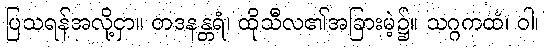
ပြသရန်အလို့ငှာ။ တဒနန္တရံ၊ ထိုသီလ၏အခြားမဲ့၌။ သဂ္ဂကထံ၊ ဝါ၊